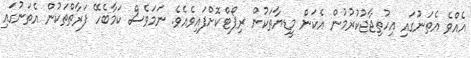
އެއްވެ އެތަނުގައި އިހުތިޖާޖުކުރުމުން އެކަން މީޑިޔާތަކުން ރިޕޯޓްކޮށްފައިވެއެވެ. ނަމަވެސް ކަމާބެހޭ ފަރާތްތަކުން އެތަނުގައި